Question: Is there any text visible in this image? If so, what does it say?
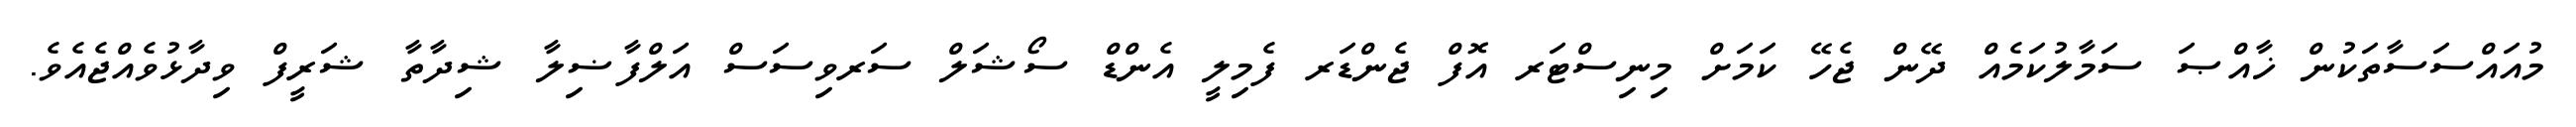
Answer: މުއައްސަސާތަކުން ޚާއްޞަ ސަމާލުކަމެއް ދޭން ޖެހޭ ކަމަށް މިނިސްޓަރ އޮފް ޖެންޑަރ ފެމިލީ އެންޑް ސޯޝަލް ސަރވިސަސް އަލްފާޟިލާ ޝިދާތާ ޝަރީފް ވިދާޅުވެއްޖެއެވެ.